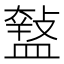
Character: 𥂱